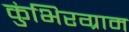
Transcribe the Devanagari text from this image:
कुंभिरग्राम